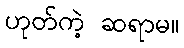
ဟုတ်ကဲ့ ဆရာမ။